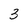
Character: 3